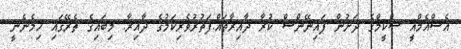
އެސްއެމްއީ ސްކީމްގެ ދަށުން ފައިނޭންސް ކުރާ ދާއިރާތައް:ފަތުރުވެރިކަމުގެ ދާއިރާ: މިބައިގެ ތެރޭގައި ހިމެނެނީ